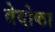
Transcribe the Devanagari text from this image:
वेदोका